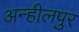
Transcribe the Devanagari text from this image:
अन्हीलपुर